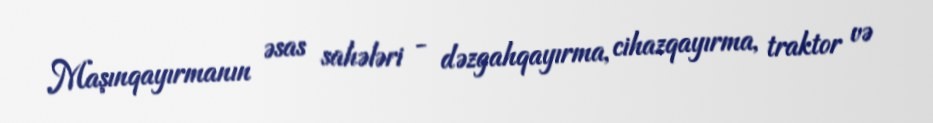
Maşınqayırmanın əsas sahələri - dəzgahqayırma, cihazqayırma, traktor və